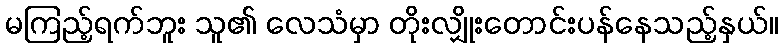
မကြည့်ရက်ဘူး သူ၏ လေသံမှာ တိုးလျှိုးတောင်းပန်နေသည့်နှယ်။